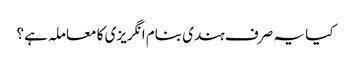
کیا یہ صرف ہندی بنام انگریزی کا معاملہ ہے؟